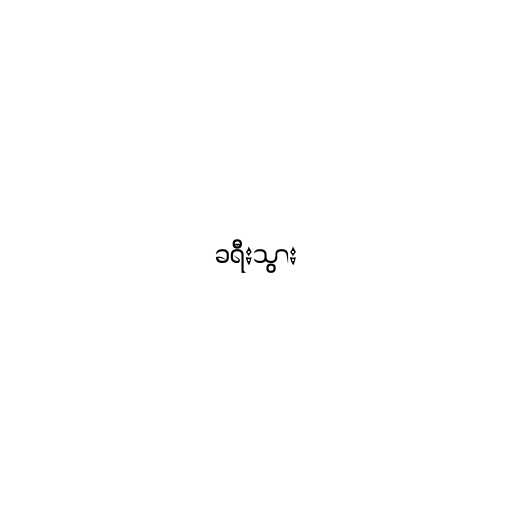
ခရီးသွား